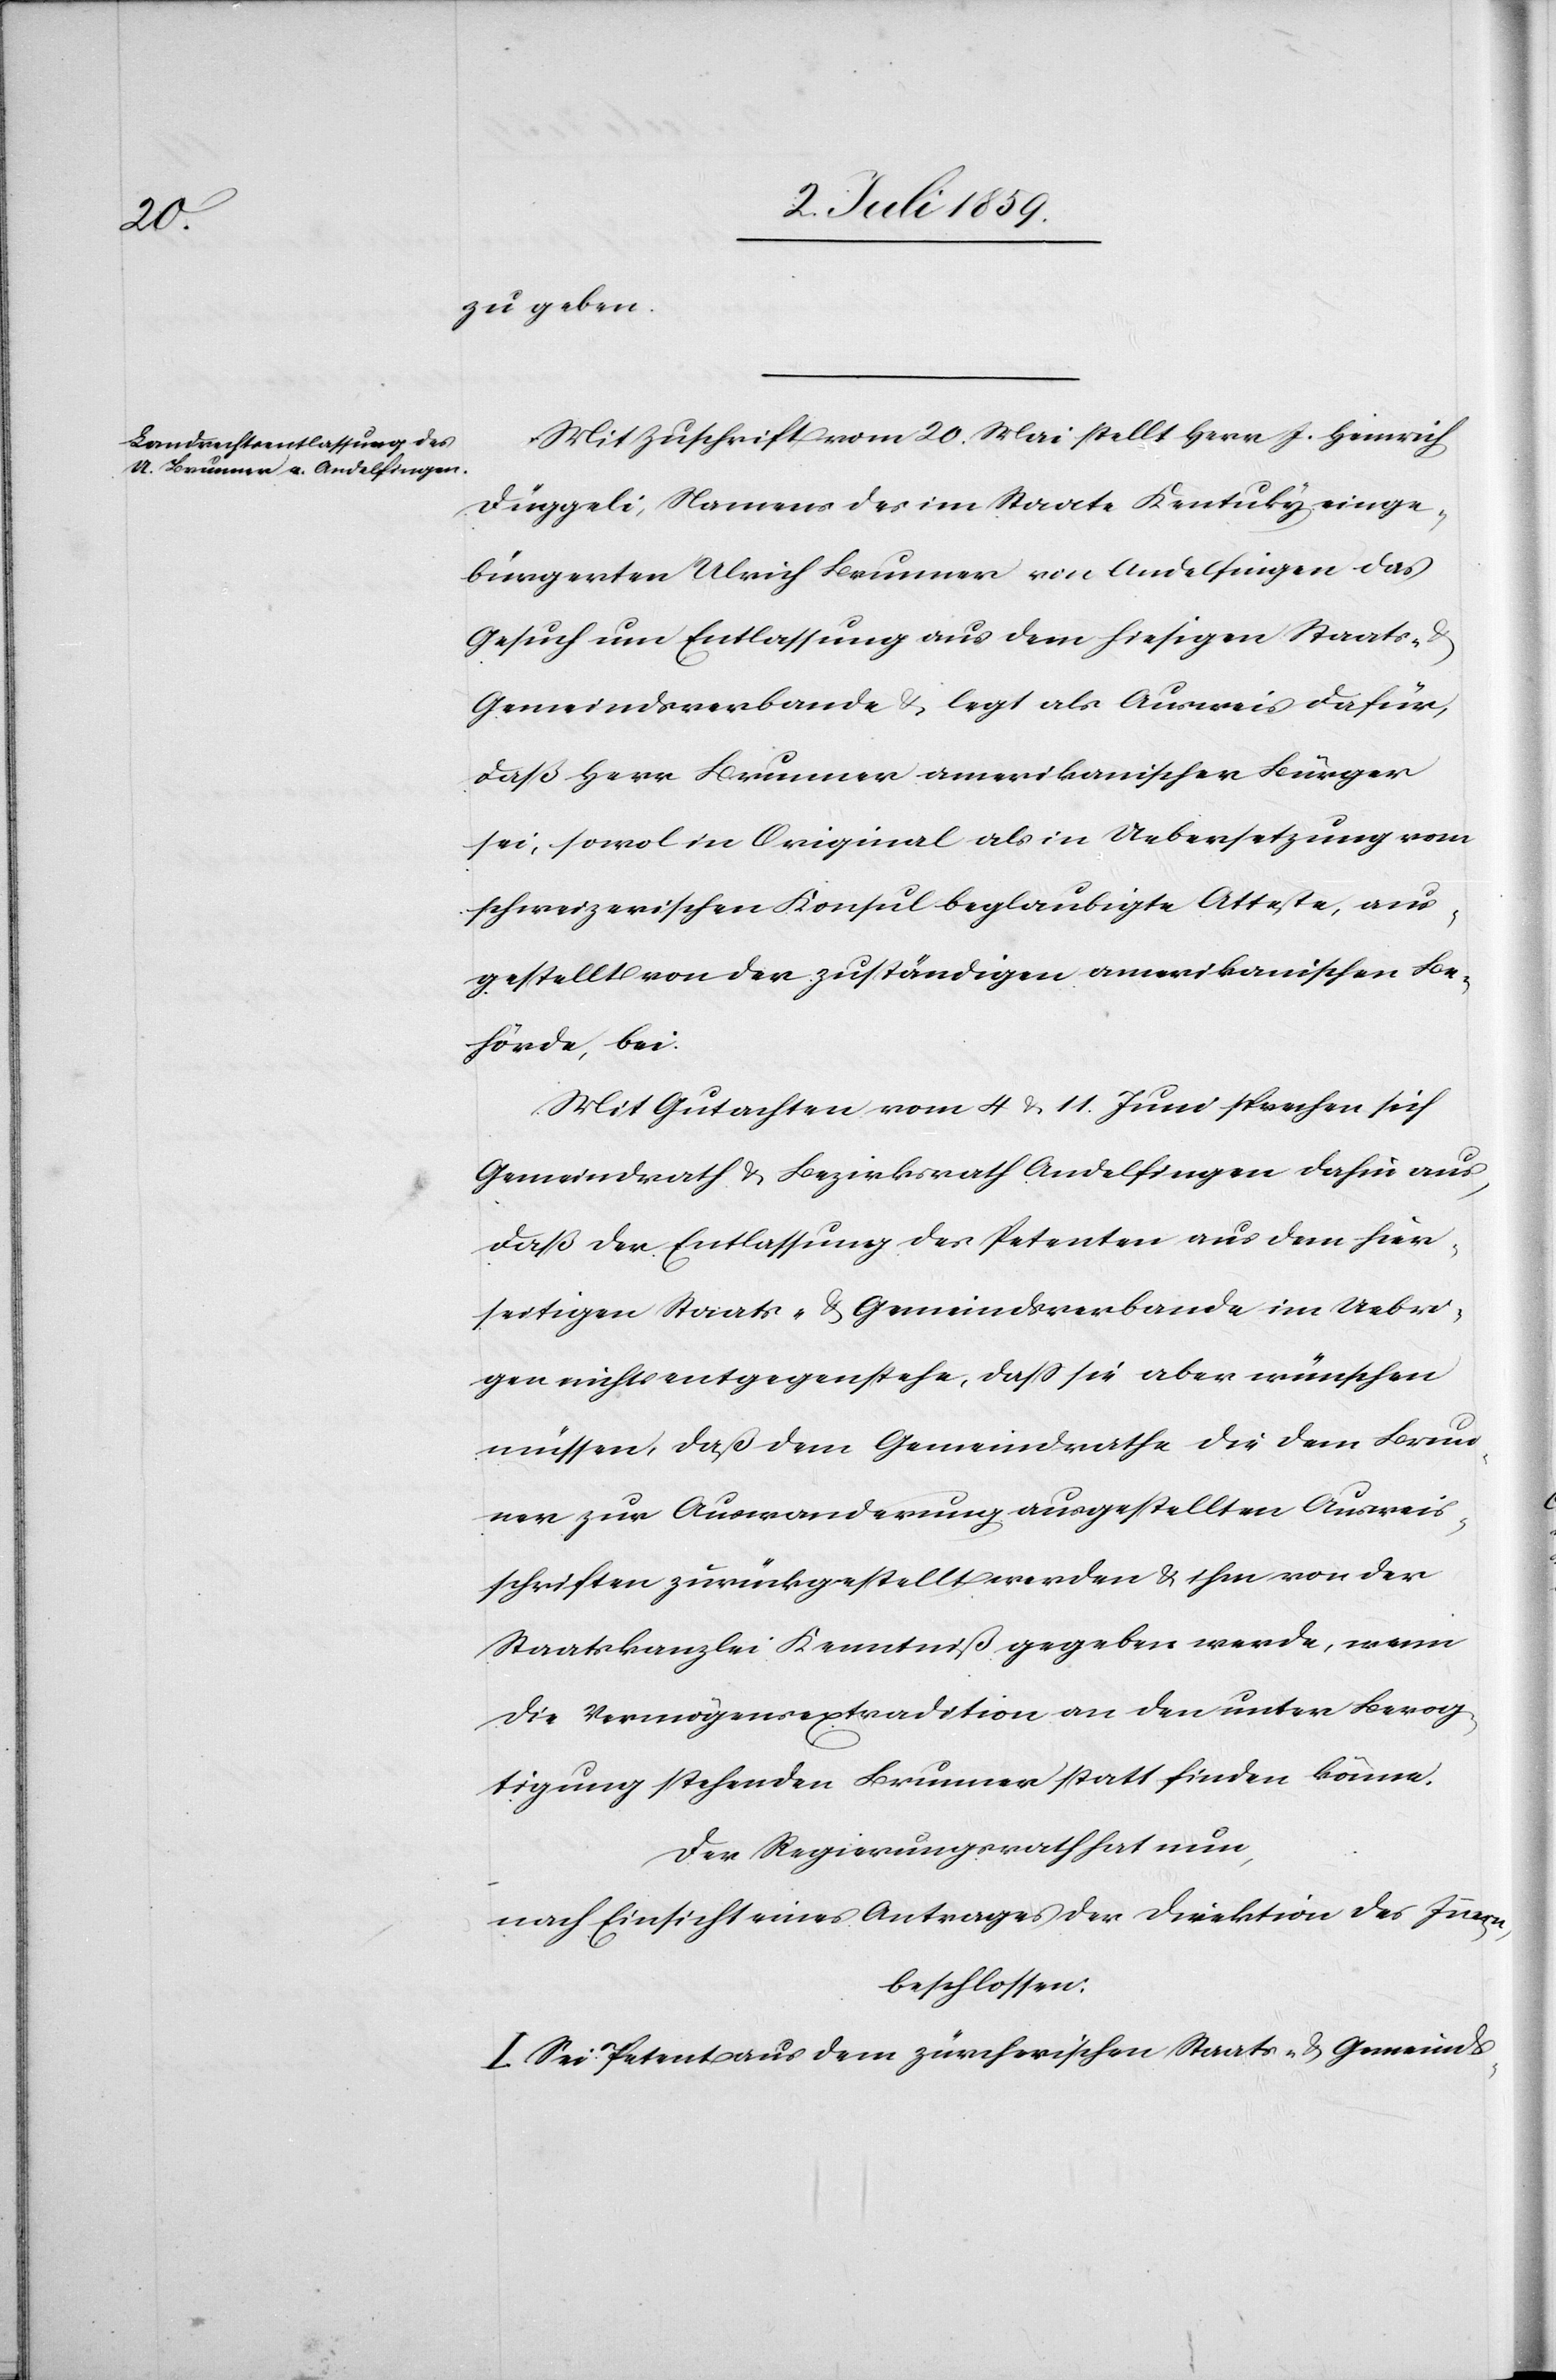
zu geben.
Mit Zuschrift vom 20. Mai stellt Herr J. Heinrich
Diggeli, Namens des im Staate Kentucky einge¬
bürgerten Ulrich Baumann von Andelfingen das
Gesuch um Entlassung aus dem hiesigen Staats-
Gemeindsverbande u. legt als Ausweis dafür,
daß Herr Baumann amerikanischer Bürger
sei, sowol in Original als in Uebersetzung von
schweizerischen Konsul beglaubigte Atteste, aus¬
gestellt von der zuständigen amerikanischen Be¬
hörde, bei.
Mit Gutachten vom 4. u. 11. Juni sprechen sich
Gemeindrath u. Bezirksrath Andelfingen dafür aus,
daß der Entscheidung des Petenten aus dem hier¬
seitigen Staats- u. Gemeindsverbande im Uebri¬
gen zur Auswanderung ausgestellten Ausweis¬
schriften zurückgestellt werden u. ihm von der
Staatskanzlei Kenntniß gegeben werde, wenn
die Vermögensextradition an den unter Bevog¬
tigung stehenden Baumann statt finden könne.
Der Regierungsrath hat nun,
nach Einsicht eines Antrages der Direktion des Innern,
beschlossen:
I. Sei Petent aus dem zürcherischen Staats- u. Gemeinds-